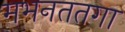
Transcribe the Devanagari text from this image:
मभनततगा